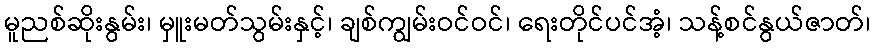
မူညစ်ဆိုးနွမ်း၊ မှူးမတ်သွမ်းနှင့်၊ ချစ်ကျွမ်းဝင်ဝင်၊ ရေးတိုင်ပင်အံ့၊ သန့်စင်နွယ်ဇာတ်၊